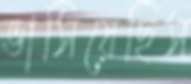
ভাসিয়েছিস